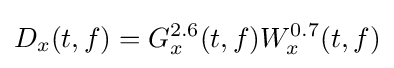
D_{x}(t,f)=G_{x}^{2.6}(t,f)W_{x}^{0.7}(t,f)